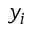
y _ { i }